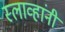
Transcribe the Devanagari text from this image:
स्लाव्हांनी